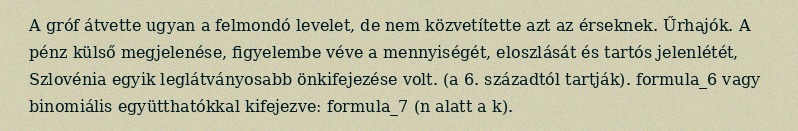
A gróf átvette ugyan a felmondó levelet, de nem közvetítette azt az érseknek. Űrhajók. A pénz külső megjelenése, figyelembe véve a mennyiségét, eloszlását és tartós jelenlétét, Szlovénia egyik leglátványosabb önkifejezése volt. (a 6. századtól tartják). formula_6 vagy binomiális együtthatókkal kifejezve: formula_7 (n alatt a k).